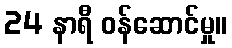
24 နာရီ ဝန်ဆောင်မှု။